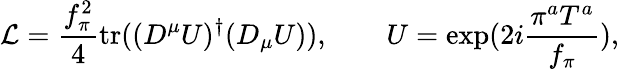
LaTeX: {\cal L}=\frac{f_{\pi}^{2}}{4}\mathrm{tr}((D^{\mu}U)^{\dagger}(D_{\mu}U)),\qquad U=\exp(2i\frac{\pi^{a}T^{a}}{f_{\pi}}),